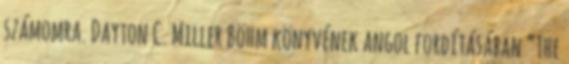
számomra. Dayton C. Miller Böhm könyvének angol fordításában “The